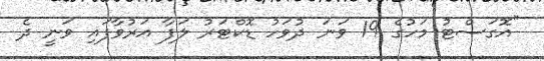
"އޮގަސްޓު މަހުގެ 19 ވަނަ ދުވަހު ޑޮކްޓަރު ލަފާ އަރުވާފައި ވަނީ ދެ